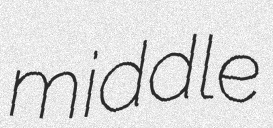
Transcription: middle